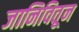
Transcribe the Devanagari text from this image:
जानिवितून